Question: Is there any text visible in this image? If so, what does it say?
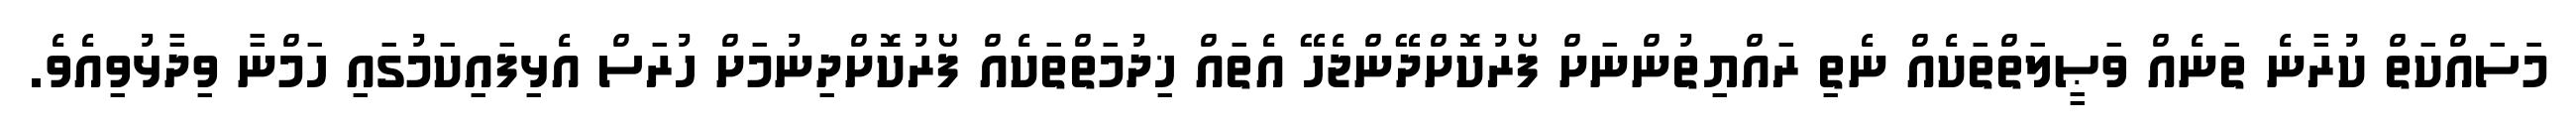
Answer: މަަސައްކަތް ކުރާނެ ތަނެއް ވަޞީލަތްތަކެއް ނެތި ރައްޔިތުންނަށް ފޯރުކޮށްދޭންޖެހޭ އެތައް ޚިދުމަތްތަކެއް ފޯރުކޮށްދިނުމަށް ހުރަސް އެޅިފައިކަމުގައި ހަމްނާ ވިދާޅުވިއެވެ.